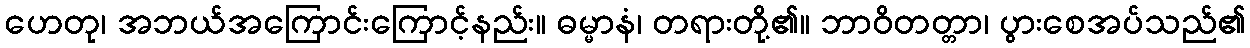
ဟေတု၊ အဘယ်အကြောင်းကြောင့်နည်း။ ဓမ္မာနံ၊ တရားတို့၏။ ဘာဝိတတ္တာ၊ ပွားစေအပ်သည်၏